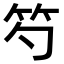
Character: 𥫩